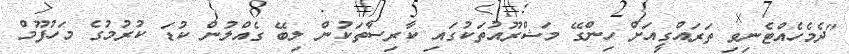
"ދެމެހެއްޓެނިވި ތަރައްގީއަށް ހިންގޭ މަޝްރޫއުތަކުގައި ކާރިސާތަކުން ލިބޭ ގެއްލުން ކުޑަ ކުރުމުގެ މަހުފޫމް